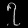
Digit: ၇